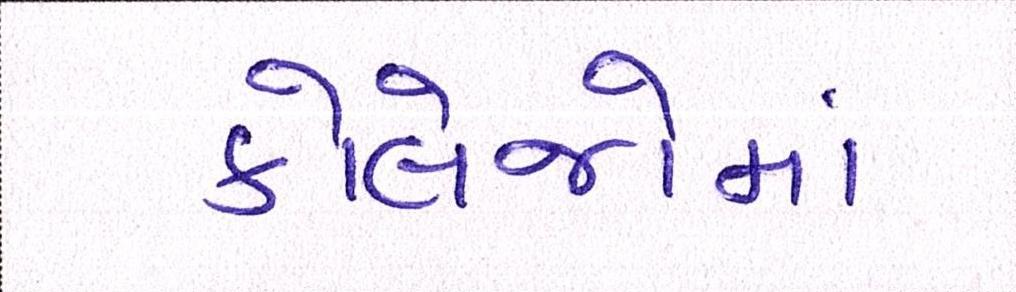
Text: કોલેજોમાં